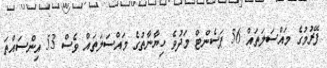
ފޭރުމުގެ މައްސަލަތައް 56 ޕަސެންޓް މަދުވެ ހިޔާނާތުގެ މައްސަލަތައް ވެސް 53 އިންސައްތަ